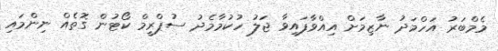
މެމްބަރު އަހްމަދު ނާޒިމަށް އިއްވާފައިވާ ޖަލު ހުކުމާމެދު ސުޕްރީމް ކޯޓުން ގޮތެއް ނިންމައި